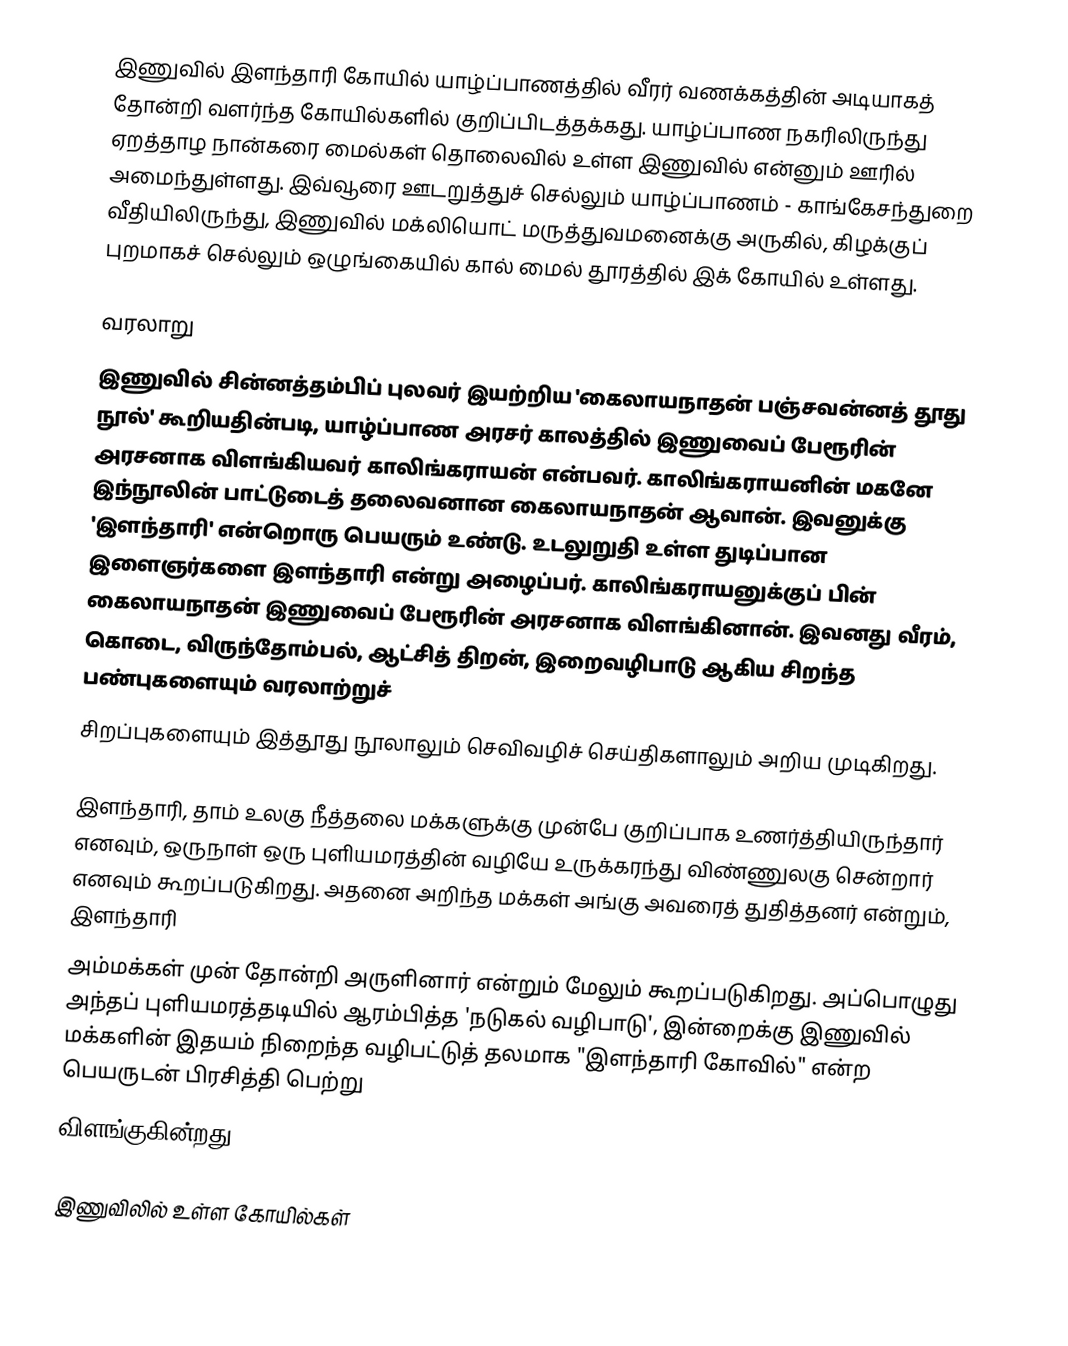
இணுவில் இளந்தாரி கோயில் யாழ்ப்பாணத்தில் வீரர் வணக்கத்தின் அடியாகத் தோன்றி வளர்ந்த கோயில்களில்  குறிப்பிடத்தக்கது. யாழ்ப்பாண நகரிலிருந்து ஏறத்தாழ நான்கரை மைல்கள் தொலைவில் உள்ள இணுவில் என்னும் ஊரில் அமைந்துள்ளது. இவ்வூரை ஊடறுத்துச் செல்லும் யாழ்ப்பாணம் - காங்கேசந்துறை வீதியிலிருந்து, இணுவில் மக்லியொட் மருத்துவமனைக்கு அருகில், கிழக்குப் புறமாகச் செல்லும் ஒழுங்கையில் கால் மைல் தூரத்தில் இக் கோயில் உள்ளது.

வரலாறு
இணுவில் சின்னத்தம்பிப் புலவர் இயற்றிய 'கைலாயநாதன் பஞ்சவன்னத் தூது நூல்' கூறியதின்படி, யாழ்ப்பாண அரசர் காலத்தில் இணுவைப் பேரூரின் அரசனாக விளங்கியவர் காலிங்கராயன் என்பவர். காலிங்கராயனின் மகனே இந்நூலின் பாட்டுடைத் தலைவனான கைலாயநாதன் ஆவான். இவனுக்கு 'இளந்தாரி' என்றொரு பெயரும் உண்டு. உடலுறுதி உள்ள துடிப்பான இளைஞர்களை இளந்தாரி என்று அழைப்பர். காலிங்கராயனுக்குப் பின் கைலாயநாதன் இணுவைப் பேரூரின் அரசனாக விளங்கினான். இவனது வீரம், கொடை, விருந்தோம்பல், ஆட்சித் திறன், இறைவழிபாடு ஆகிய சிறந்த பண்புகளையும் வரலாற்றுச்
சிறப்புகளையும் இத்தூது நூலாலும் செவிவழிச் செய்திகளாலும் அறிய முடிகிறது.

இளந்தாரி, தாம் உலகு நீத்தலை மக்களுக்கு முன்பே குறிப்பாக உணர்த்தியிருந்தார் எனவும், ஒருநாள் ஒரு புளியமரத்தின் வழியே உருக்கரந்து விண்ணுலகு சென்றார் எனவும் கூறப்படுகிறது. அதனை அறிந்த மக்கள் அங்கு அவரைத் துதித்தனர் என்றும், இளந்தாரி
அம்மக்கள் முன் தோன்றி அருளினார் என்றும் மேலும் கூறப்படுகிறது. அப்பொழுது அந்தப் புளியமரத்தடியில் ஆரம்பித்த 'நடுகல் வழிபாடு', இன்றைக்கு இணுவில் மக்களின் இதயம் நிறைந்த வழிபட்டுத் தலமாக "இளந்தாரி கோவில்" என்ற பெயருடன் பிரசித்தி பெற்று
விளங்குகின்றது.

இணுவிலில் உள்ள கோயில்கள்